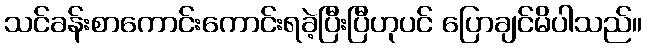
သင်ခန်းစာကောင်းကောင်းရခဲ့ပြီးပြီဟုပင် ပြောချင်မိပါသည်။